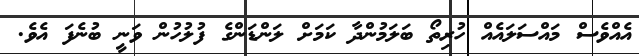
އެއްވެސް މައްސަލައެއް ހުރިތޯ ބަލަމުންދާ ކަމަށް ލަންޑަންގެ ފުލުހުން ވަނީ ބުނެފަ އެވެ.